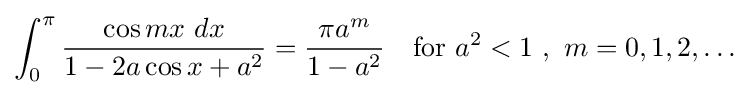
\int _{0}^{\pi }{\frac {\cos mx\ dx}{1-2a\cos x+a^{2}}}={\frac {\pi a^{m}}{1-a^{2}}}\quad {\text{for }}a^{2}<1\ ,\ m=0,1,2,\dots